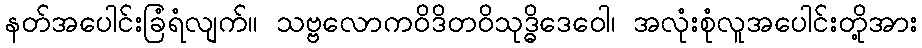
နတ်အပေါင်းခြံရံလျက်။ သဗ္ဗလောကဝိဒိတဝိသုဒ္ဓိဒေဝေါ၊ အလုံးစုံလူအပေါင်းတို့အား